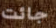
جائت